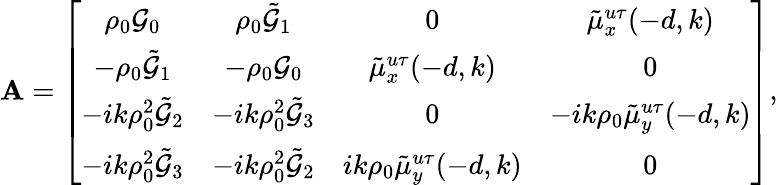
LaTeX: \mathbf{A}=\left[\begin{array}{cccc}{\rho_{0}\mathcal{G}_{0}}&{\rho_{0}\tilde{\mathcal{G}}_{1}}&{0}&{\tilde{\mu}_{x}^{u\tau}(-d,k)}\\ {-\rho_{0}\tilde{\mathcal{G}}_{1}}&{-\rho_{0}\mathcal{G}_{0}}&{\tilde{\mu}_{x}^{u\tau}(-d,k)}&{0}\\ {-ik\rho_{0}^{2}\tilde{\mathcal{G}}_{2}}&{-ik\rho_{0}^{2}\tilde{\mathcal{G}}_{3}}&{0}&{-ik\rho_{0}\tilde{\mu}_{y}^{u\tau}(-d,k)}\\ {-ik\rho_{0}^{2}\tilde{\mathcal{G}}_{3}}&{-ik\rho_{0}^{2}\tilde{\mathcal{G}}_{2}}&{ik\rho_{0}\tilde{\mu}_{y}^{u\tau}(-d,k)}&{0}\end{array}\right],